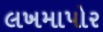
લખમાપોર